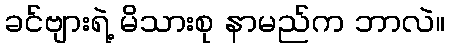
ခင်ဗျားရဲ့ မိသားစု နာမည်က ဘာလဲ။